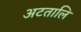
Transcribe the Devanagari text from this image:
अटतालि